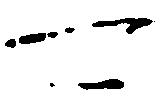
可